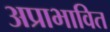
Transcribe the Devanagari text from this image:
अप्राभावित